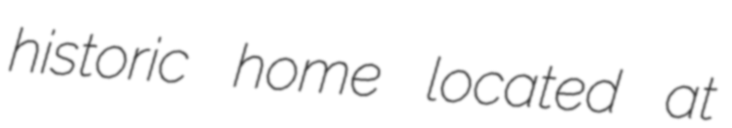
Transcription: historic home located at